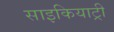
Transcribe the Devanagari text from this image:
साइकियाट्री